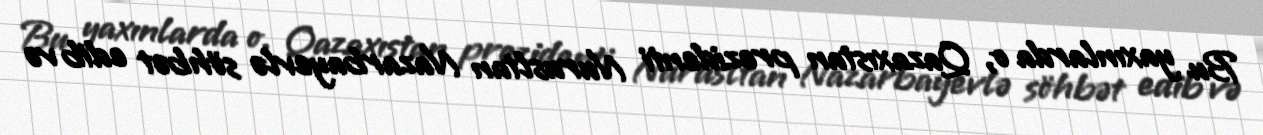
Bu yaxınlarda o, Qazaxıstan prezidenti Nurusltan Nazarbayevlə söhbət edib və